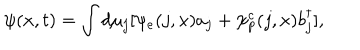
LaTeX: \psi ( x , t ) = \int d \mu _ { j } [ \psi _ { e } ( j , x ) a _ { j } + \psi _ { p } ^ { c } ( j , x ) b _ { j } ^ { \dagger } ] ,